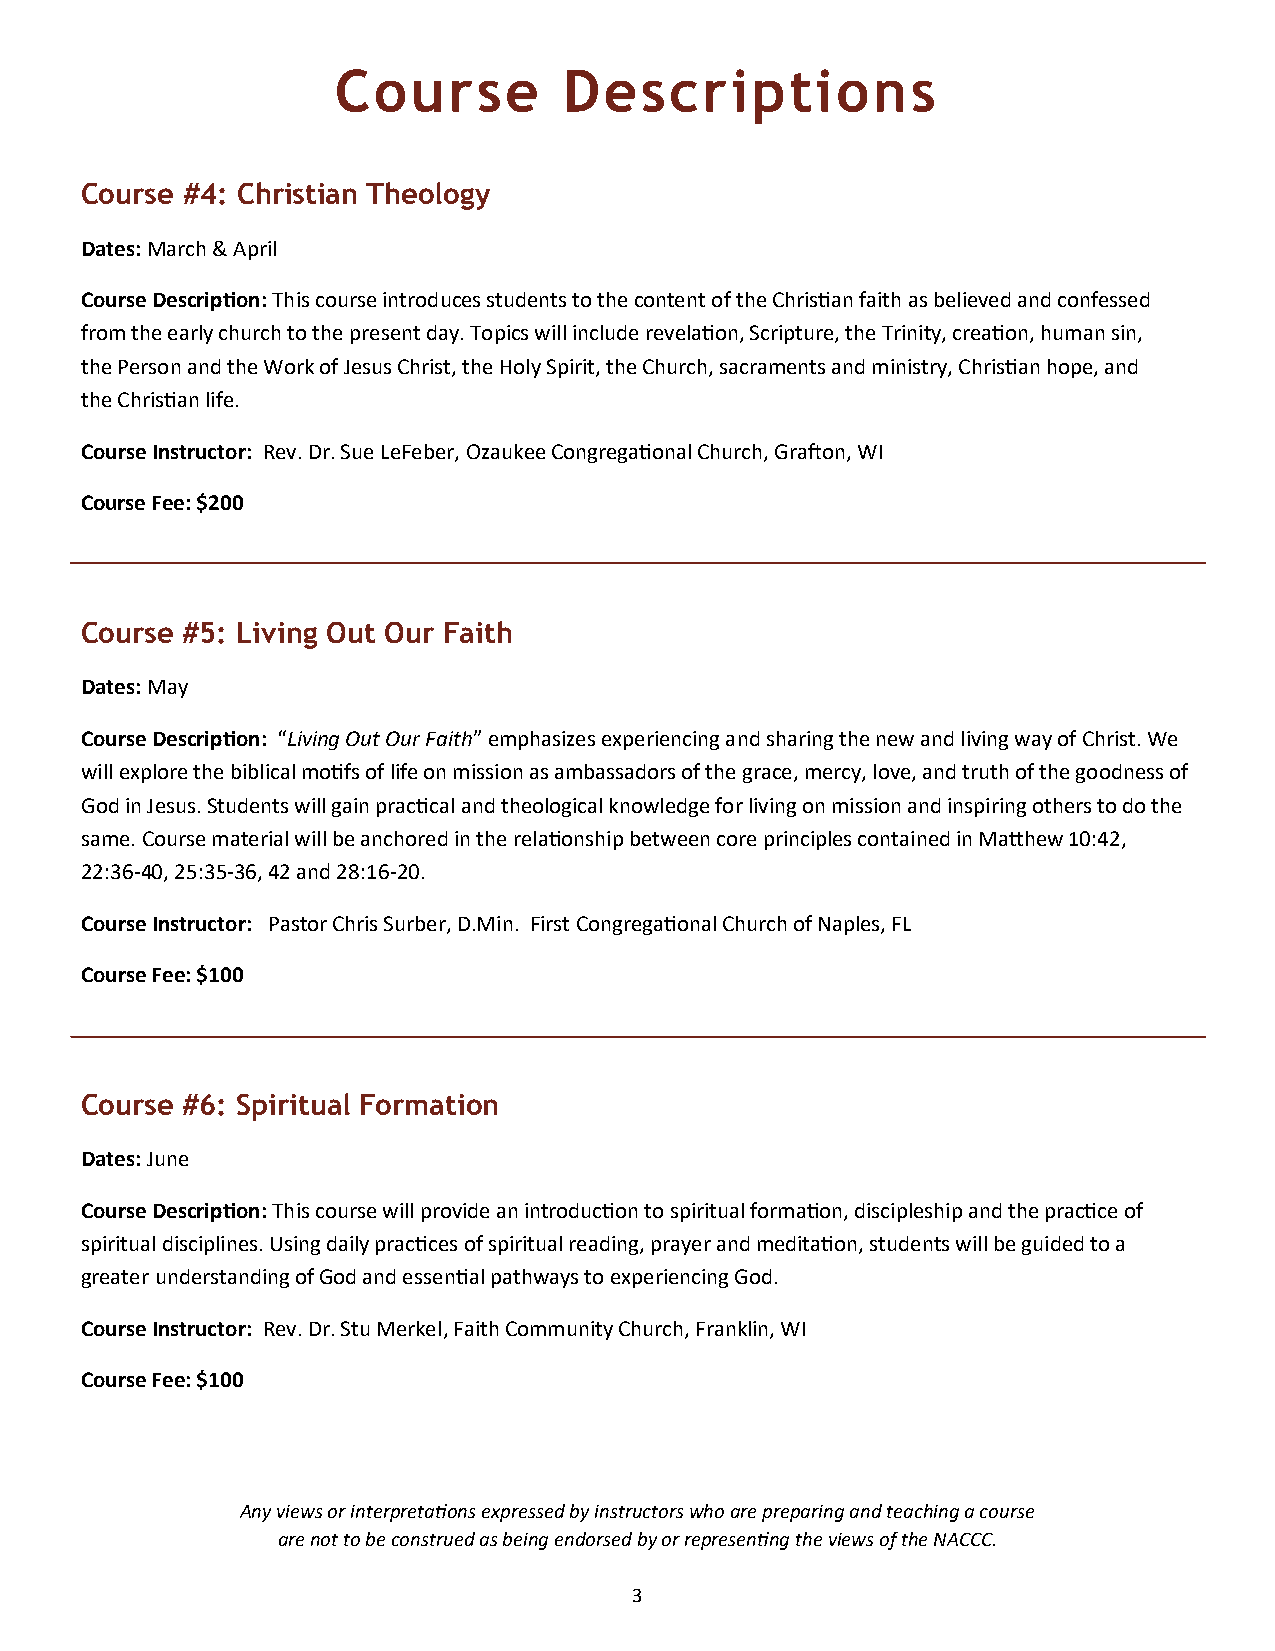
Course         Descriptions
 Course #4: Christian Theology
 Dates: March & April
 Course Description: This course introduces students to the content of the Christian faith as believed and confessed
 from the early church to the present day. Topics will include revelation, Scripture, the Trinity, creation, human sin,
 the Person and the Work of Jesus Christ, the Holy Spirit, the Church, sacraments and ministry, Christian hope, and
 the Christian life.
 Course Instructor: Rev. Dr. Sue LeFeber, Ozaukee Congregational Church, Grafton, WI
 Course Fee: $200
 Course #5: Living Out Our Faith
 Dates: May
 Course Description: “Living Out Our Faith” emphasizes experiencing and sharing the new and living way of Christ. We
 will explore the biblical motifs of life on mission as ambassadors of the grace, mercy, love, and truth of the goodness of
 God in Jesus. Students will gain practical and theological knowledge for living on mission and inspiring others to do the
 same. Course material will be anchored in the relationship between core principles contained in Matthew 10:42,
 22:36-40, 25:35-36, 42 and 28:16-20.
 Course Instructor: Pastor Chris Surber, D.Min. First Congregational Church of Naples, FL
 Course Fee: $100
 Course #6: Spiritual Formation
 Dates: June
 Course Description: This course will provide an introduction to spiritual formation, discipleship and the practice of
 spiritual disciplines. Using daily practices of spiritual reading, prayer and meditation, students will be guided to a
 greater understanding of God and essential pathways to experiencing God.
 Course Instructor: Rev. Dr. Stu Merkel, Faith Community Church, Franklin, WI
 Course Fee: $100
 Any views or interpretations expressed by instructors who are preparing and teaching a course
 are not to be construed as being endorsed by or representing the views of the NACCC.
 3